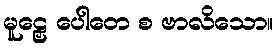
မူဠှေ ပေါတေ စ ဗာလိသော။